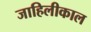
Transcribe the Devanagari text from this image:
जाहिलीकाल